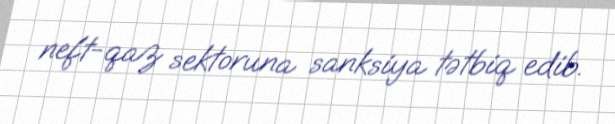
neft-qaz sektoruna sanksiya tətbiq edib.